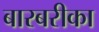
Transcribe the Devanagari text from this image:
बारबरीका